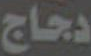
دجاج